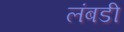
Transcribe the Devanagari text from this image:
लंबडी